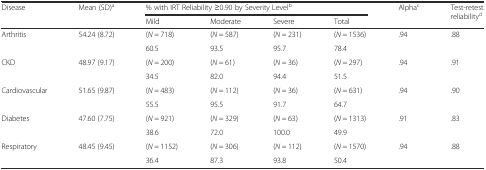
<table><thead><tr><td rowspan="2"><b>Disease</b></td><td rowspan="2"><b>Mean (SD)<sup>a</sup></b></td><td colspan="4"><b>% with IRT Reliability ≥0.90 by Severity Level<sup>b</sup></b></td><td rowspan="2"><b>Alpha<sup>c</sup></b></td><td rowspan="2"><b>Test-retest reliability<sup>d</sup></b></td></tr><tr><td><b>Mild</b></td><td><b>Moderate</b></td><td><b>Severe</b></td><td><b>Total</b></td></tr></thead><tbody><tr><td rowspan="2">Arthritis</td><td rowspan="2">54.24 (8.72)</td><td>(<i>N</i> = 718)</td><td>(<i>N</i> = 587)</td><td>(<i>N</i> = 231)</td><td>(<i>N</i> = 1536)</td><td rowspan="2">.94</td><td rowspan="2">.88</td></tr><tr><td>60.5</td><td>93.5</td><td>95.7</td><td>78.4</td></tr><tr><td rowspan="2">CKD</td><td rowspan="2">48.97 (9.17)</td><td>(<i>N</i> = 200)</td><td>(<i>N</i> = 61)</td><td>(<i>N</i> = 36)</td><td>(<i>N</i> = 297)</td><td rowspan="2">.94</td><td rowspan="2">.91</td></tr><tr><td>34.5</td><td>82.0</td><td>94.4</td><td>51.5</td></tr><tr><td rowspan="2">Cardiovascular</td><td rowspan="2">51.65 (9.87)</td><td>(<i>N</i> = 483)</td><td>(<i>N</i> = 112)</td><td>(<i>N</i> = 36)</td><td>(<i>N</i> = 631)</td><td rowspan="2">.94</td><td rowspan="2">.90</td></tr><tr><td>55.5</td><td>95.5</td><td>91.7</td><td>64.7</td></tr><tr><td rowspan="2">Diabetes</td><td rowspan="2">47.60 (7.75)</td><td>(<i>N</i> = 921)</td><td>(<i>N</i> = 329)</td><td>(<i>N</i> = 63)</td><td>(<i>N</i> = 1313)</td><td rowspan="2">.91</td><td rowspan="2">.83</td></tr><tr><td>38.6</td><td>72.0</td><td>100.0</td><td>49.9</td></tr><tr><td rowspan="2">Respiratory</td><td rowspan="2">48.45 (9.45)</td><td>(<i>N</i> = 1152)</td><td>(<i>N</i> = 306)</td><td>(<i>N</i> = 112)</td><td>(<i>N</i> = 1570)</td><td rowspan="2">.94</td><td rowspan="2">.88</td></tr><tr><td>36.4</td><td>87.3</td><td>93.8</td><td>50.4</td></tr></tbody></table>